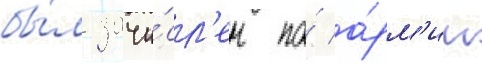
бы́л зачи́сл'ен по́ а́рм'ии